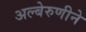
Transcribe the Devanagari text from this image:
अल्बेरुणीने